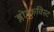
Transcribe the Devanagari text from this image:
ब्लोम्कविस्ट